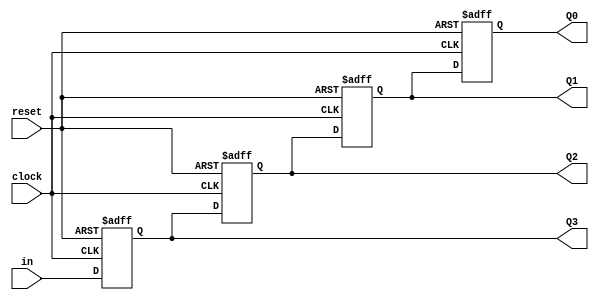
module registrador(Q0,Q1,Q2,Q3,in,clock, reset); //entradas e saidas do circuito
input in, reset, clock; //as entradas so uma variavel de deslocamento, um reset pra comear e um clock para permitir o deslocamento
output reg Q0,Q1,Q2,Q3; //as saidas so sinais internos que sero deslocados na fbga

//usando o ambiente always em borda de subida do clock e do reset
always @(posedge clock or posedge reset)
	begin
		if(reset) //quando reset est habilitado
		begin	//todas as saidas esto em zero
			Q3 <= 1'b0;
			Q2 <= 1'b0;
			Q1 <= 1'b0;
			Q0 <= 1'b0;
		end
			else	//se no estiver habilitado
			begin   //comea a deslocar um bit de cada vez toda vez que in for habilitada
			Q3 <= in;
			Q2 <= Q3;
			Q1 <= Q2;
			Q0 <= Q1;
			end
	end
	
endmodule
//____